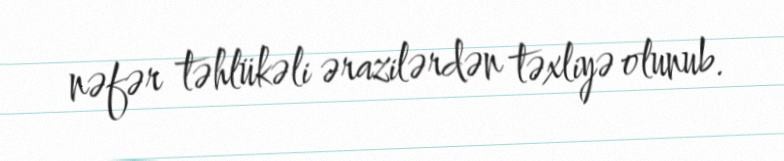
nəfər təhlükəli ərazilərdən təxliyə olunub.